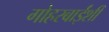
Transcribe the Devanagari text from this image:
गोहरबाईंशी